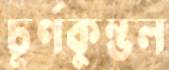
চূর্ণকুম্ভল